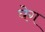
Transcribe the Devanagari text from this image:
घेग